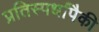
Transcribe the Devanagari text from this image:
प्रतिस्पर्धांपैकी